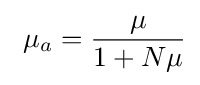
\ {\mu }_{a}={\frac {\mu }{1+N\mu }}